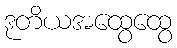
ဒုတိယအထွေထွေ